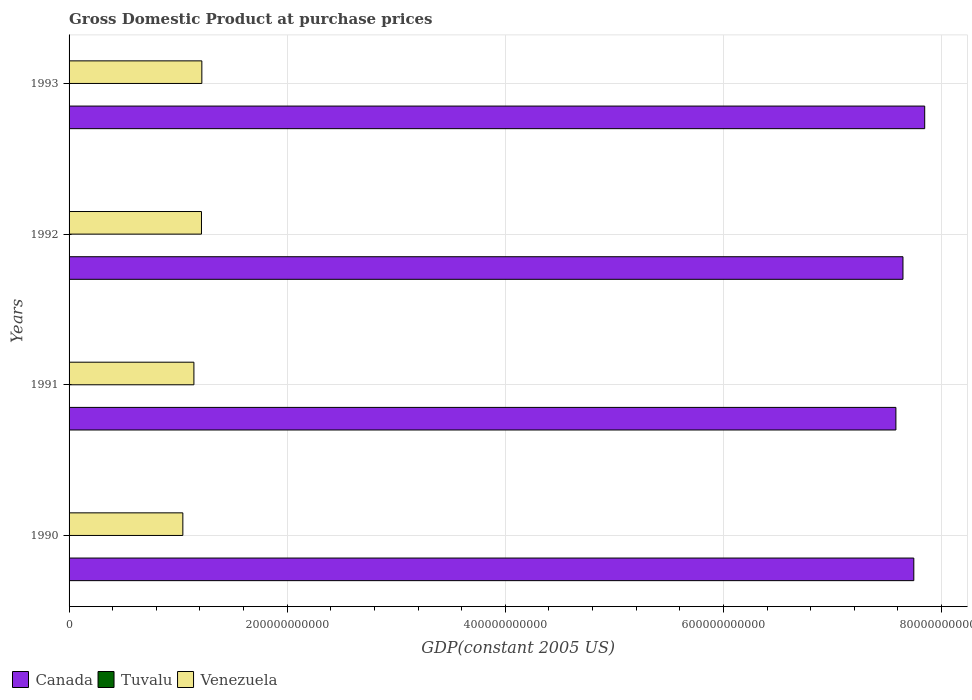
| Years | Canada | Tuvalu | Venezuela |
 | --- | --- | --- | --- |
 | 1990 | 7.75e+11 | 1.6e+07 | 1.04e+11 |
 | 1991 | 7.58e+11 | 1.66e+07 | 1.14e+11 |
 | 1992 | 7.65e+11 | 1.71e+07 | 1.21e+11 |
 | 1993 | 7.85e+11 | 1.78e+07 | 1.22e+11 |